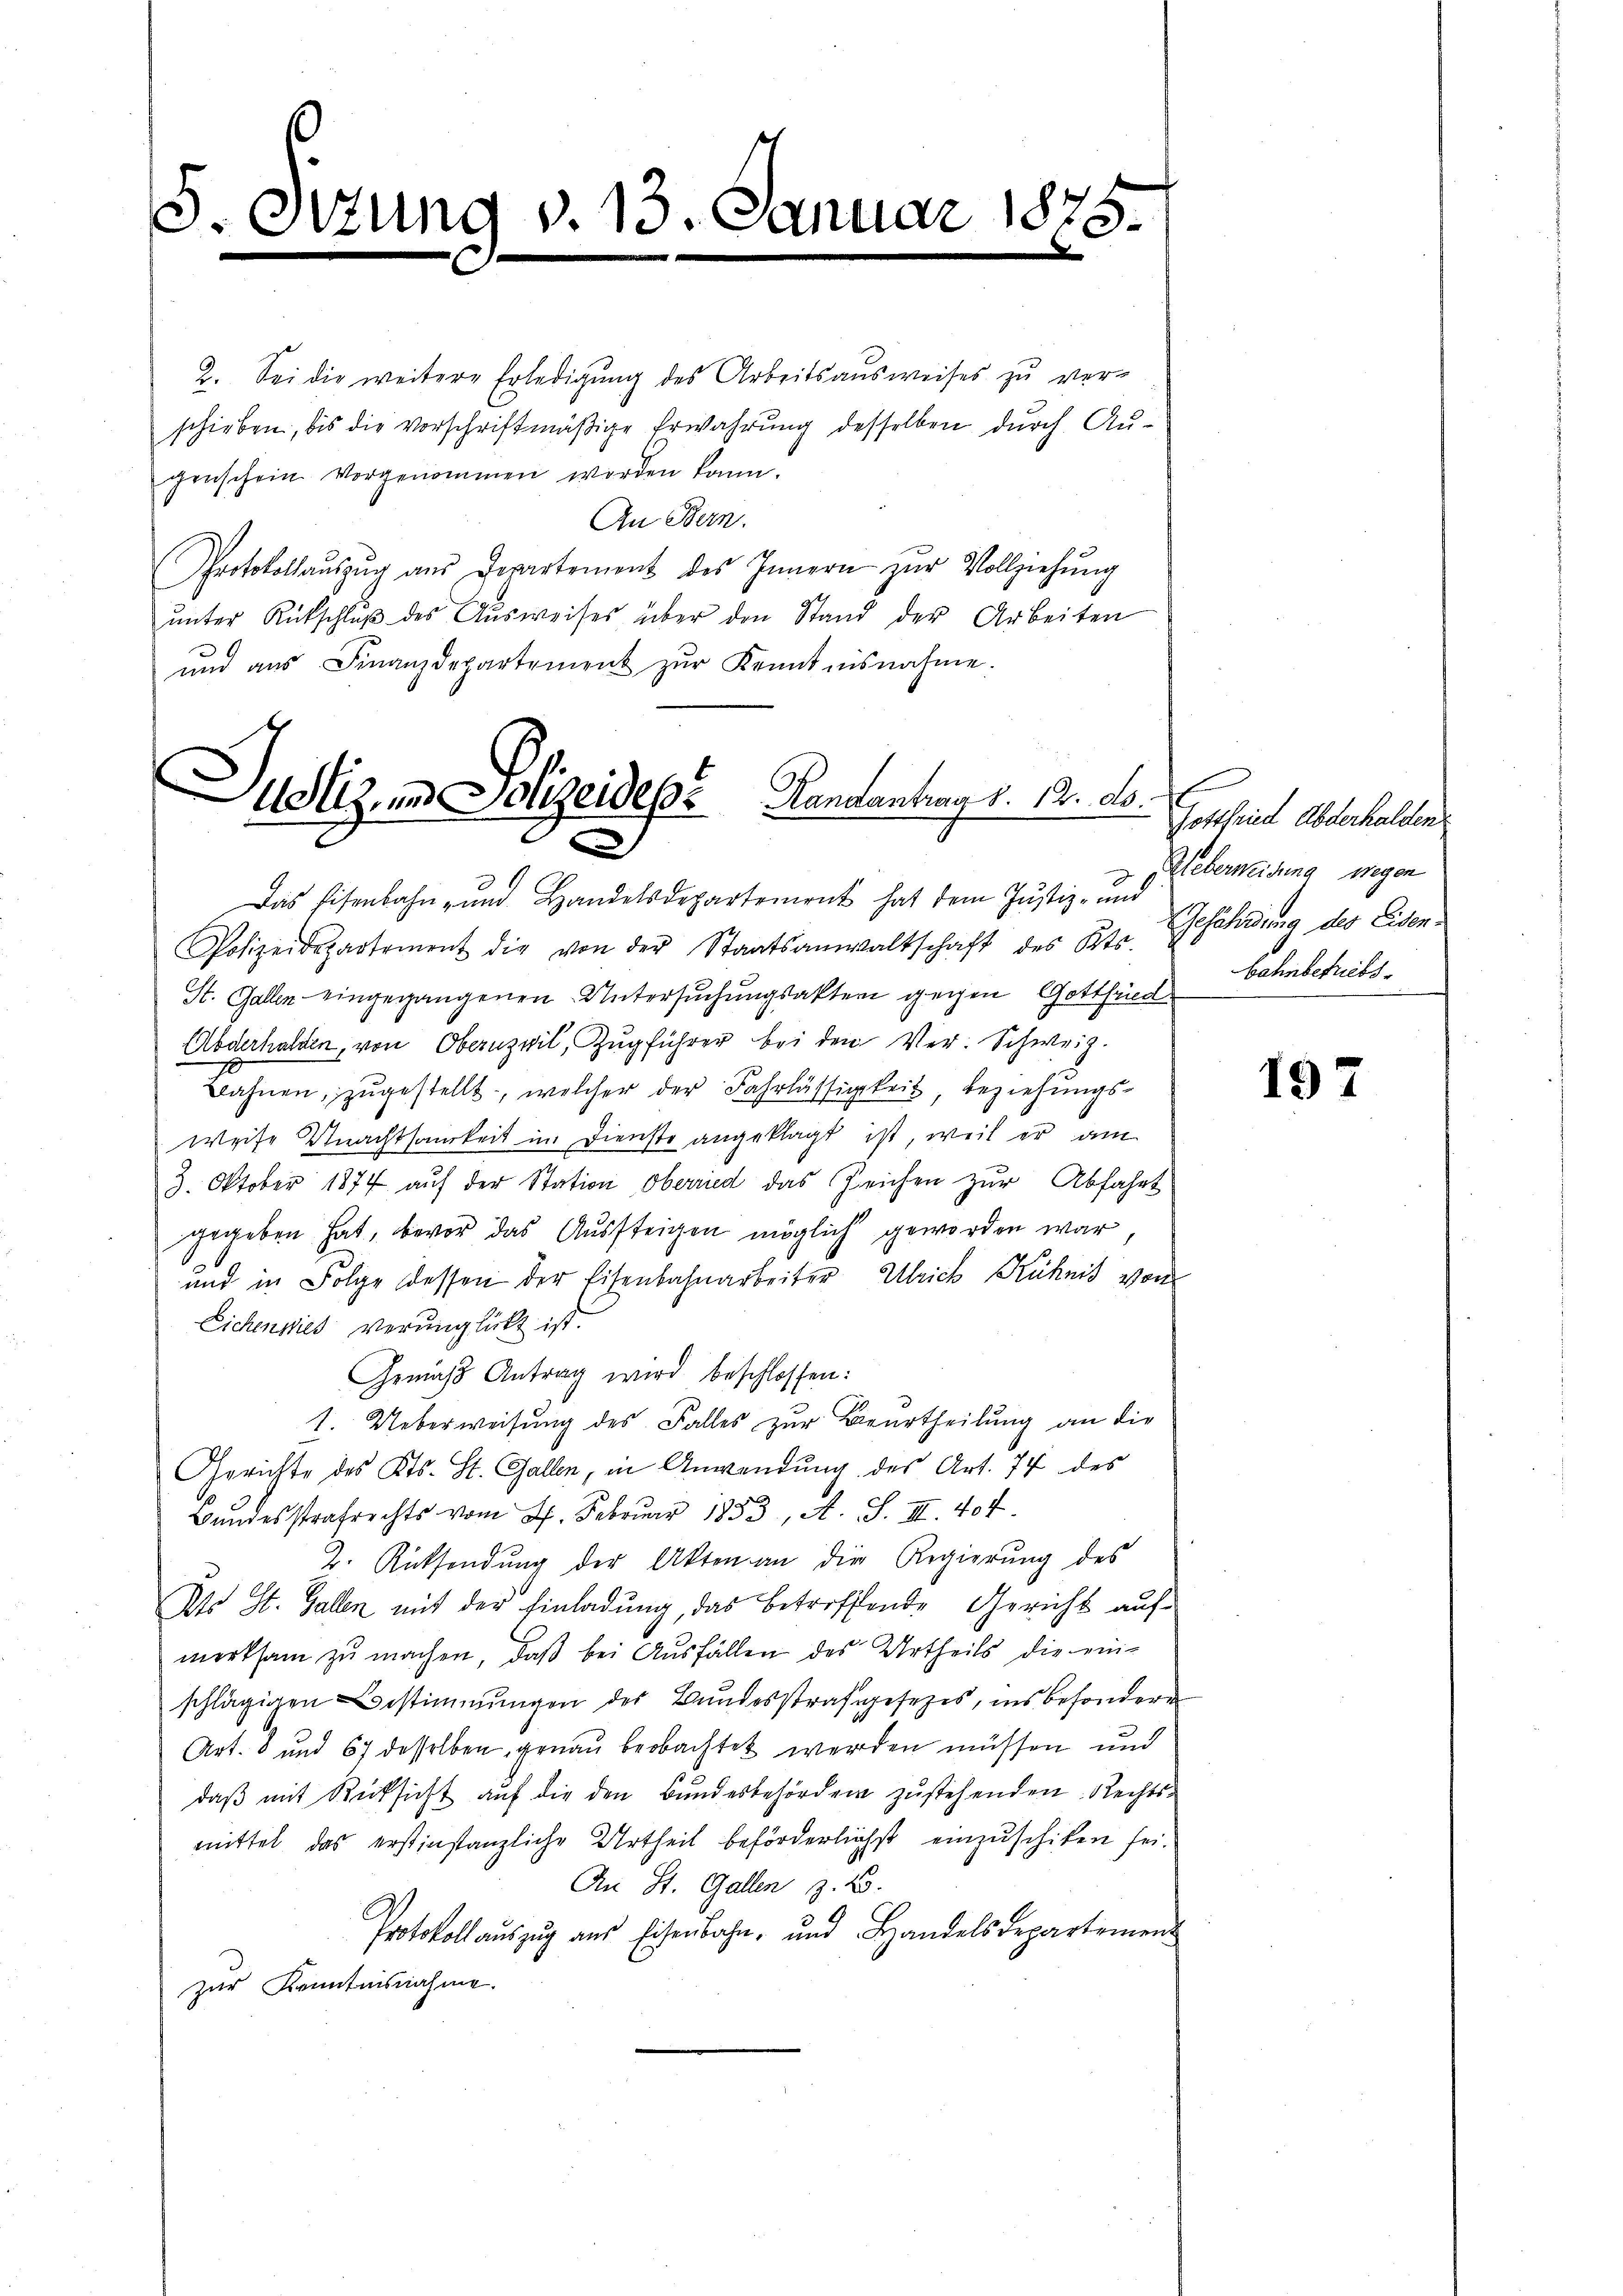
5.
t

c

19 v. 13. Januar 1875.
.

2. Sei die weitere Erledigung des Arbeitsausweises zu ver-
schieben, bis die vorschriftmäßige Erwahrung desselben durch Augenschein vorgenommen worden kann.
An Bern.
Protokollaŭszŭg aŭs Departement des Innern zŭr Vollziehung
ŭnter Rückschlŭβ des Aŭsweises über den Stand der Arbeiten
ŭnd aŭs Finanzdepartement zŭr Kenntnisnahme.

Adtz, und Polizeides Handantrag d. 12. ds.

e
Das Eisenbahn- und Handelsdepartement hat dem Justiz- und
Polizeidepartement die von der Staatsanwaltschaft des St. Gefährdung des Eisen-
St. Gallen eingegangenen Untersuchungsakten gegen Gottheil
Abderhalten, von Obernzvil, Zugführer bei den Ver- Schweiz.
Bahnen, zugestellt, welcher der Fahrlässigkeit, beziehungs¬
Weise nachtsamkeit im Dienste angeklagt ist, weil er am
3. Oktober 1874 aŭf der Station oberried das Zeichen zŭr Abfahrt
gegeben hat, bevor das Aussteigen möglich geworden war
und in Folge dessen der Eisenbahnarbeiter Ulrich Kühnis von
Eichenwies verunglückt ist.
Gemäss Antrag wird beschlossen:
1. Ueberweisung des Falles zur Beurtheilung an die
Gerichte des Kts. St. Gallen, in Anwendung des Art. 74 des
Bundesstrafrecht vom 7. Feb 1853, A. S. III. 407.
2. Rücksendung der Akten an die Regierung des
Ato St. Gallen mit der Einladung, das betreffende Gericht aufmerksam zu machen, daß bei Ausfällen des Urtheils die ein-
schlägigen Bestimmungen des Bŭndesstrafgesezes, ins besondere
Art. 8 und 67 desselben genau beobachtet werden müssen und
daβ mit Rücksicht auf die den Bundesbehörden zustehenden Rechtsmittel das erstinstanzliche Urtheil beförderlichst einzuschiken sei.
An St. Gallen z. B.
Protokoll auszug aus Eisenbahn, und Handelsdepartement
zur Kenntnisnahme.

Gottfried Abdechallen
Ueberneidung wegen
bahnbetriebs

197